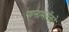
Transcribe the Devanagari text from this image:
पानामरेंको